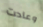
وعادت